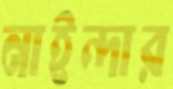
নাইন্দার